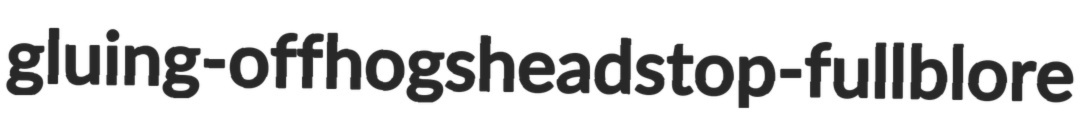
gluing-off hogsheads top-full blore